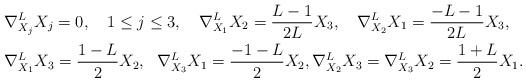
LaTeX: \begin{align*}&\nabla^L_{X_j}X_j=0,~~~1\leq j\leq 3,~~~\nabla^L_{X_1}X_2=\frac{L-1}{2L}X_3,~~~ \nabla^L_{X_2}X_1=\frac{-L-1}{2L}X_3,\\&\nabla^L_{X_1}X_3=\frac{1-L}{2}X_2,~~\nabla^L_{X_3}X_1=\frac{-1-L}{2}X_2,\nabla^L_{X_2}X_3=\nabla^L_{X_3}X_2=\frac{1+L}{2}X_1.\end{align*}